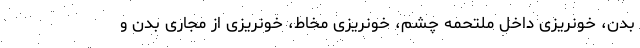
بدن، خونریزی داخل ملتحمه چشم، خونریزی مخاط، خونریزی از مجاری بدن و